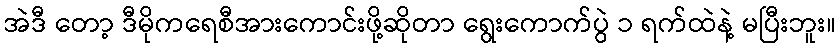
အဲဒီ တော့ ဒီမိုကရေစီအားကောင်းဖို့ဆိုတာ ရွေးကောက်ပွဲ ၁ ရက်ထဲနဲ့ မပြီးဘူး။